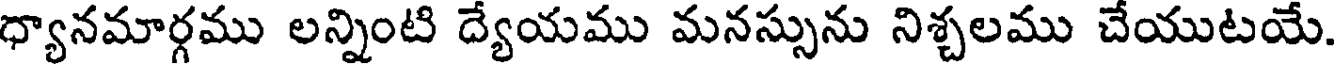
ధ్యానమార్గము లన్నింటి ద్యేయము మనస్సును నిశ్చలము చేయుటయే.